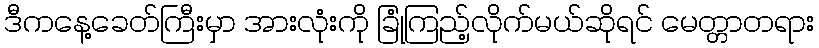
ဒီကနေ့ခေတ်ကြီးမှာ အားလုံးကို ခြုံကြည့်လိုက်မယ်ဆိုရင် မေတ္တာတရား